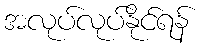
အလုပ်လုပ်နိုင်ရန်